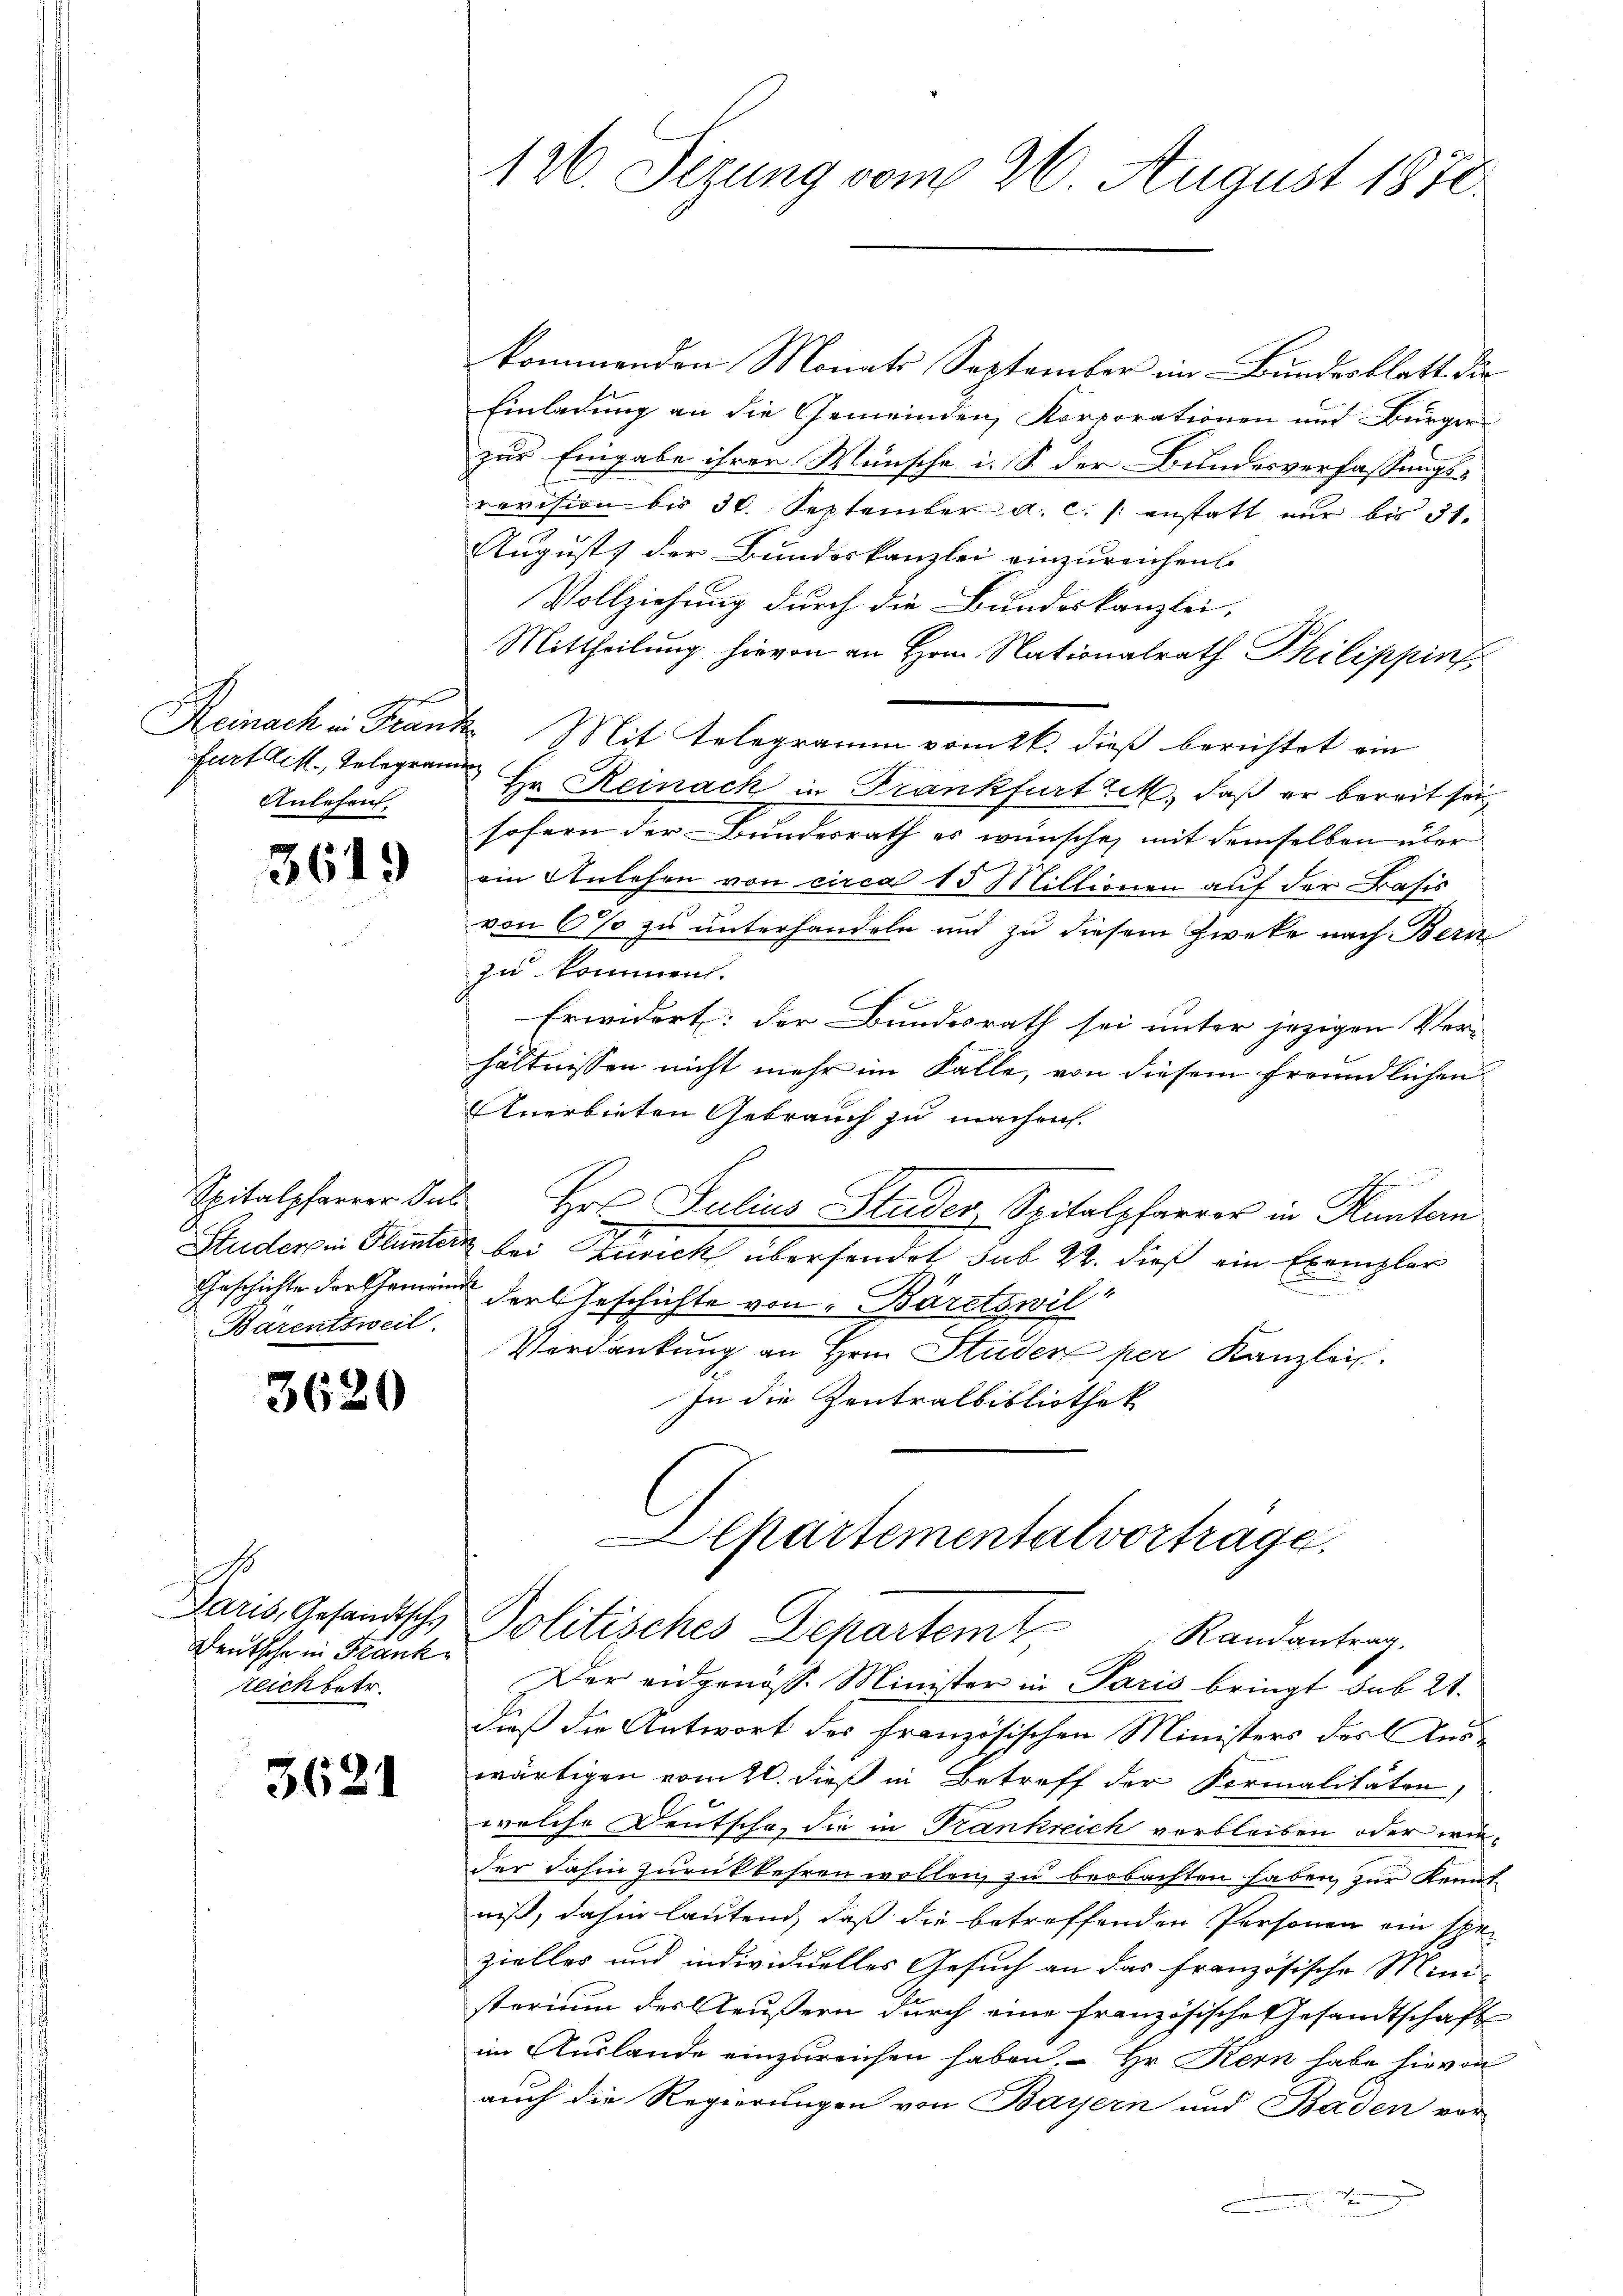
Anlehen.

3619

Barentsweil.

3620

Paris, Gesandtsche
Deutsche in Frank
reich betr.

3621

kommenden Monats September im Bundesblatt die
Einladung an die Gemeinden, Korporationen und Bürger
zur Eingabe ihrer Wünsche i. S. der Bundesverfassungs-
revision bis 30. September a. c. /: anstatt nur bis 31.
August) der Bundeskanzlei einzureichen
Vollziehung durch die Bundeskanzlei,
Mittheilung hievon an Hrn. Nationalrath Philippin
Reinach in Frank. Mit Telegramm vom 26. dieß berichtet ein
fartlist, Gelegrammer Hr. Reinack in Frankfurt zet, daß er bereit sei
sofern der Bundesrath er wünsche, mit demselben über
ein Anlehen von circa 15 Millionen auf der Basis
von 6 % zu unterhandeln und zu diesem Zweke nach Bern
zu kommen.
Erwidert: der Bundesrath sei unter jezigen Ver-
hältnissen nicht mehr im Falle, von diesem freundlichen
Anerbieten Gebrauch zu machen.
Spitalpfarrer Sal. Hr. Julius Studer, Spitalpfarrer in Huntern
Studer in Flunter bei Zurick übersendet sub 22. dieß ein Exemplar
Geschichte dortheien der Geschichte von Bäretswil
Verdankung an Hrn. Studer per Kanzlei
In die Zentralbibliothek

1126. Jezung vom 26. August 1870

Alkartementalvortrage,
Politisches Departemt
Randantrag.

Der eidgenöss. Minister in Paris bringt sub 21.
dieß die Antwort des französischen Ministers des Auswärtigen vomtl. dieß in Betreff der Formalitäten,
welche Deutscha, die in Frankreich verbleiben oder wieder dahin zurückkehren wollen, zu beobachten haben, zur Kenntniß, dahin lautend, daß die betreffenden Personen ein spezielles und individuelles Gesuch an das französische Mini-
sterium des Aeußern durch eine französische Gesandtschaft
im Auslande einzureichen haben.  Hr. Kern habe hievon
auch die Regierungen von Bayern und Baden vor
d
eesen